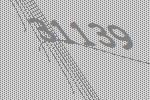
31139